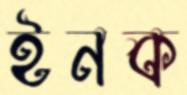
ইনক